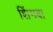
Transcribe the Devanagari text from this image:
शिंगबा